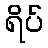
ရိပ်